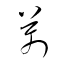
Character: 萬